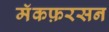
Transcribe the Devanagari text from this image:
मॅकफ़रसन